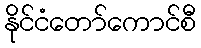
နိုင်ငံတော်ကောင်စီ